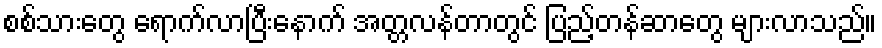
စစ်သားတွေ ရောက်လာပြီးနောက် အတ္တလန်တာတွင် ပြည့်တန်ဆာတွေ များလာသည်။